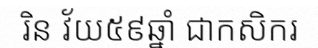
រិន វ័យ៥៩ឆ្នាំ ជាកសិករ